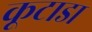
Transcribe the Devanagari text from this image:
कूटाडा